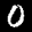
Label: 0